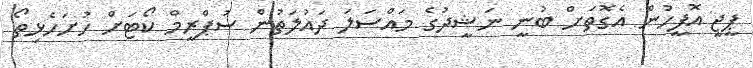
ޕީޖީ އޮފީހުން އެގޮތަށް ބުނީ ނަޝީދުގެ މައްސަލަ ދައުލަތުން ސުޕްރީމް ކޯޓަށް ހުށަހެޅިތޯ